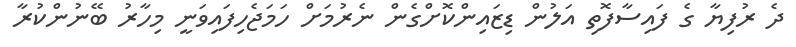
ދެ ރުފިޔާ ގެ ފައިސާފޮތި އަލުން ޑިޒައިންކޮށްގެން ނެރުމަށް ހަމަޖެހިފައިވަނީ މިހާރު ބޭނުންކުރާ